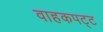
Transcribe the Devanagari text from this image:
वाहकपट्ट